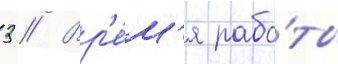
3 // Вр'е́м'я рабо́ты